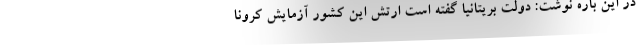
در این باره نوشت: دولت بریتانیا گفته است ارتش این کشور آزمایش کرونا